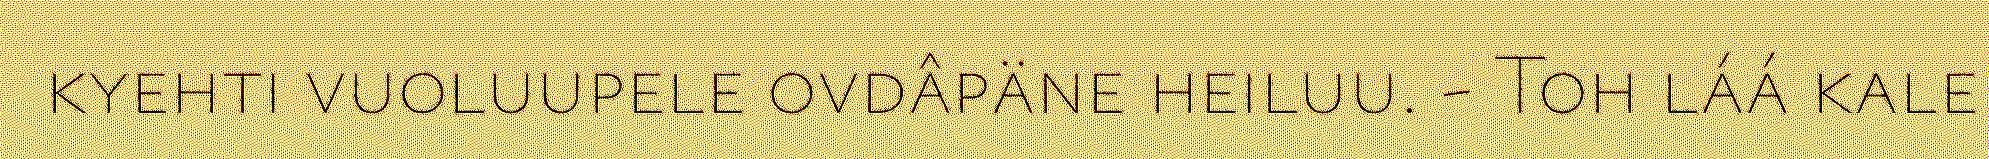
kyehti vuoluupele ovdâpäne heiluu. - Toh láá kale